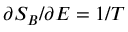
\partial S _ { B } / \partial E = 1 / T